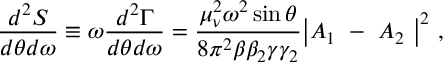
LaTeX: { \frac { d ^ { 2 } S } { d \theta d \omega } } \equiv \omega { \frac { d ^ { 2 } \Gamma } { d \theta d \omega } } = { \frac { \mu _ { \nu } ^ { 2 } \omega ^ { 2 } \sin \theta } { 8 \pi ^ { 2 } \beta \beta _ { 2 } \gamma \gamma _ { 2 } } } \bigl | A _ { 1 } \ - \ A _ { 2 } \ \bigr | ^ { 2 } \ ,